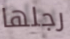
رجلها